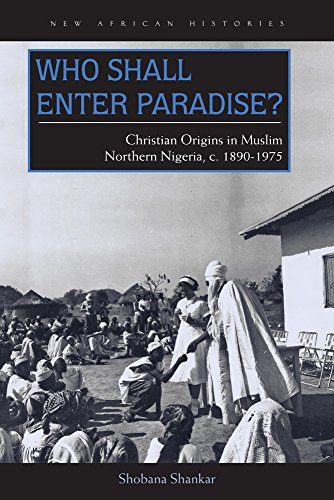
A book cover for Who Shall Enter Paradise?: Christian Origins in Muslim Northern Nigeria, c. 1890EE1975 (New African Histories); Shobana Shankar; History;